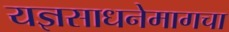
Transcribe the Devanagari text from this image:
यज्ञसाधनेमागचा